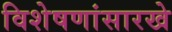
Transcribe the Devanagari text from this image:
विशेषणांसारखे